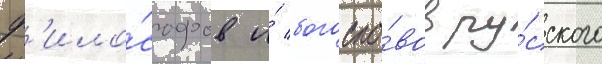
ф'ило́софов и́ богосло́вов ру́сского